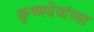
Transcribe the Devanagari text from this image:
कृष्णदेवांच्या